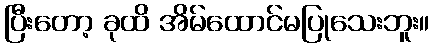
ပြီးတော့ ခုထိ အိမ်ထောင်မပြုသေးဘူး။